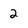
Character: 2